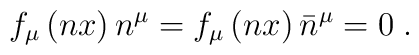
f_\mu \left( nx\right) n^\mu =f_\mu \left( nx\right)\bar n^\mu =0 \;.